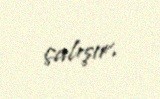
çalışır.